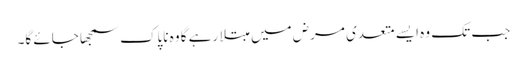
جب تک وہ ایسے متعدی مرض میں مبتلا رہے گا وہ ناپاک سمجھا جائے گا۔